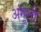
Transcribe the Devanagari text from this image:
अंगूली